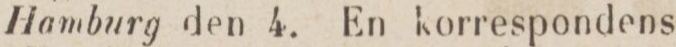
Hamburg den 4. En korrespondens